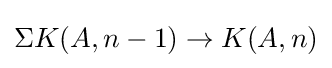
\Sigma K(A,n-1)\to K(A,n)